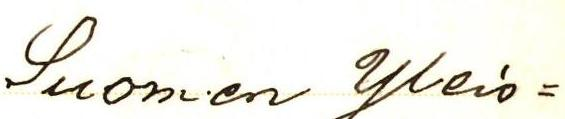
Suomen Yleis=